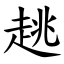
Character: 趒